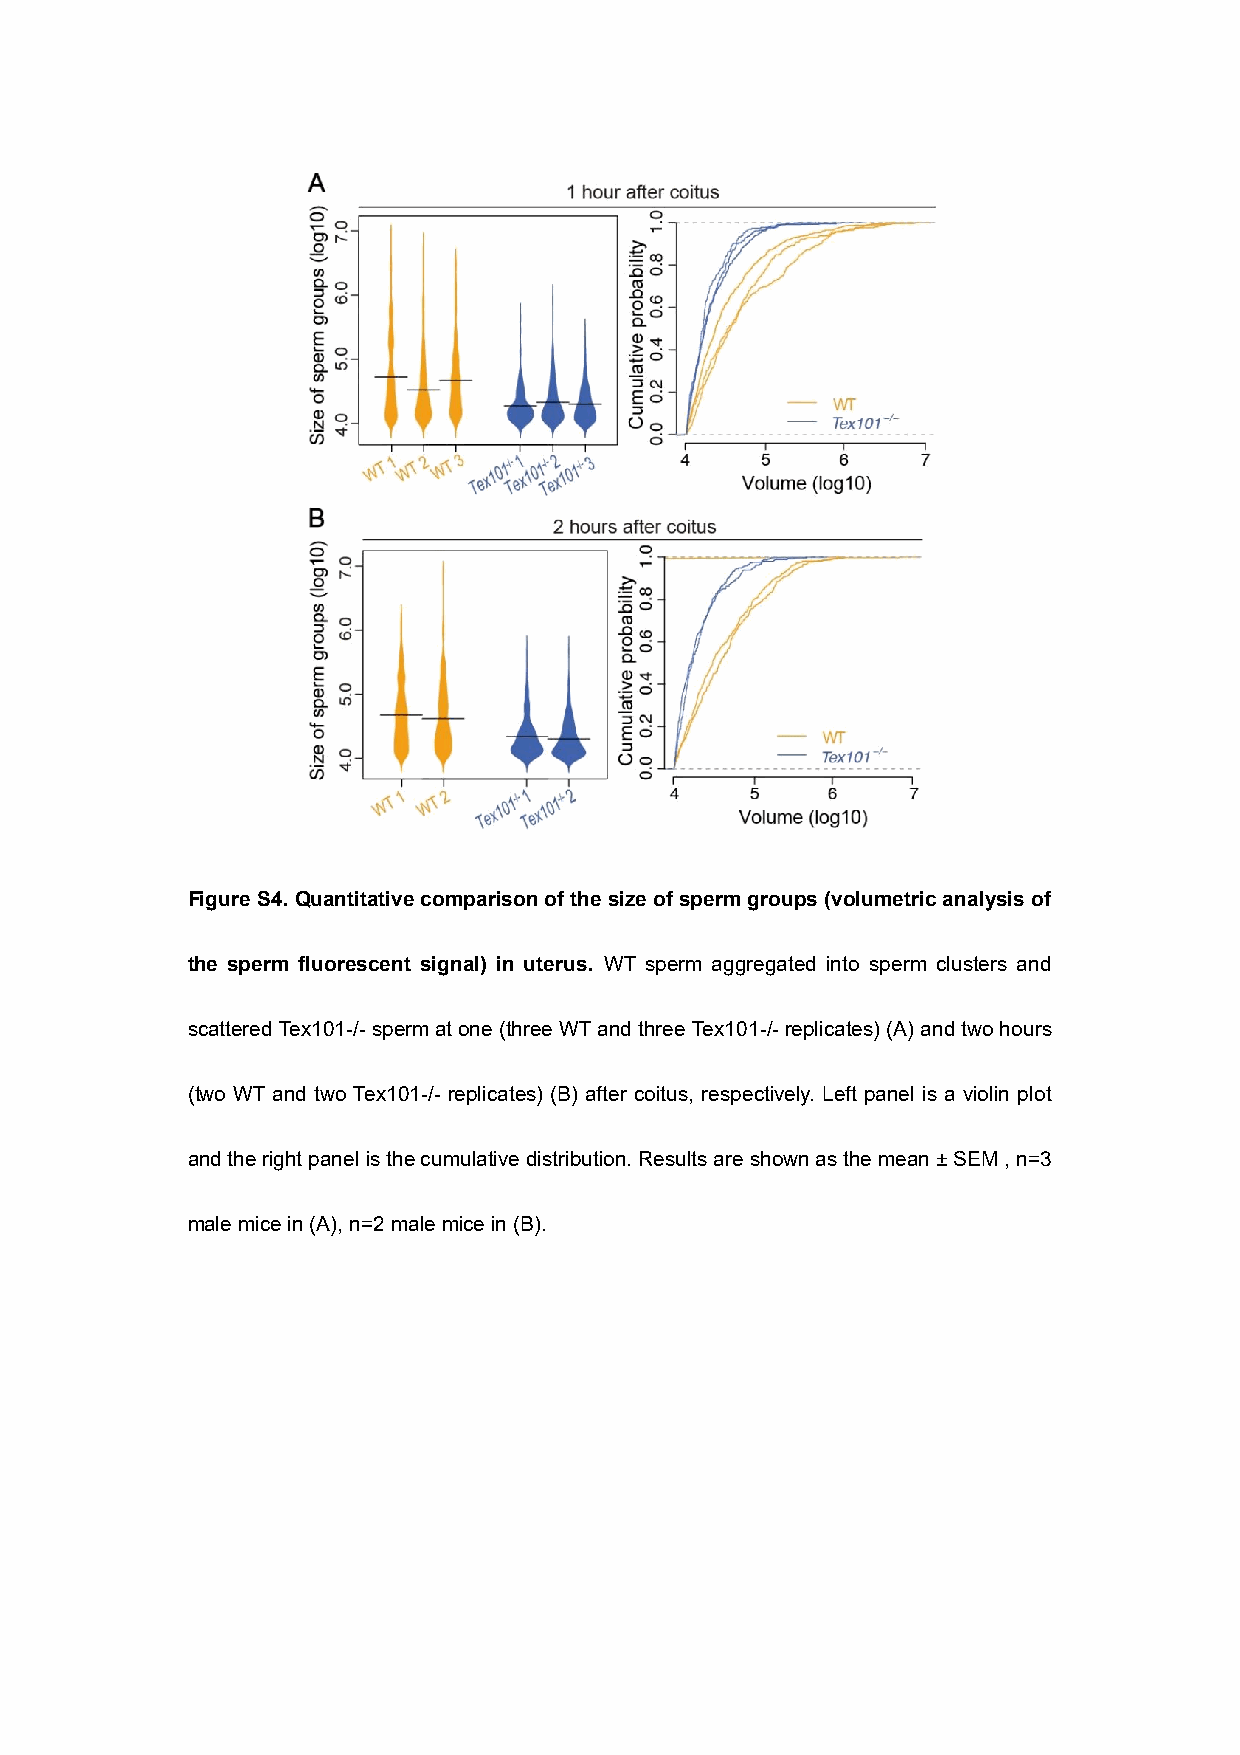
Figure S4. Quantitative comparison of the size of sperm groups (volumetric analysis of
 the sperm fluorescent signal) in uterus. WT sperm aggregated into sperm clusters and
 scattered Tex101-/- sperm at one (three WT and three Tex101-/- replicates) (A) and two hours
 (two WT and two Tex101-/- replicates) (B) after coitus, respectively. Left panel is a violin plot
 and the right panel is the cumulative distribution. Results are shown as the mean ± SEM , n=3
 male mice in (A), n=2 male mice in (B).